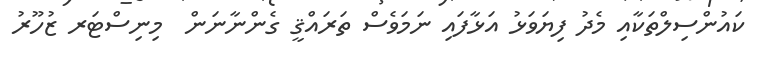
ކައުންސިލްތަކާއި މެދު ފިޔަވަޅު އަޅާފައި ނަމަވެސް ތަރައްޤީ ގެންނާނަން  މިނިސްޓަރ ޒުހޫރު